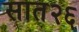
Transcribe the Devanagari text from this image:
सात२६